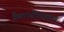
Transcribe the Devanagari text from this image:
कैलासोत्तालन